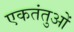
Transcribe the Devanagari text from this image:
एकतंतुओं